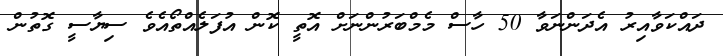
ދައްކަވާއިރު އެދަންނަވާ 50 ހާސް މެމްބަރުންނަށް އޮތީ ކޮން އުފަލެއްތޯއެވެ ސިޔާސީ ގޮތުން